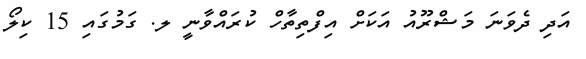
އަދި ދެވަނަ މަޝްރޫއު އަކަށް އިފްތިތާހް ކުރައްވާނީ ލ. ގަމުގައި 15 ކިލޯ